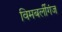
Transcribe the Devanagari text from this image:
विमबर्लीगंज